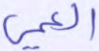
العمي